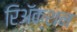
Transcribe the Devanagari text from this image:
रिअॅक्शन